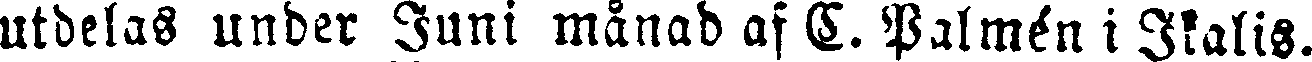
utdelas under Juni månad af C. Palmén i Ikalis.